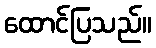
ထောင်ပြသည်။